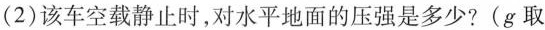
(2)该车空载静止时，对水平地面的压强是多少?(g取